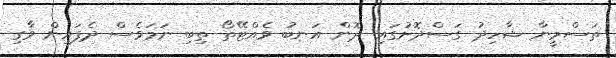
ތަސްމީނާ ޝާހިދު ގަސްދޮށުގައި ދޮން އަނބު ވެއްޓޭތޯ ތިބި ނަމަވެސް ދެފައިން ވާގި